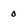
Character: 0